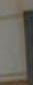
-